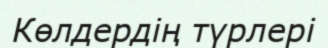
Көлдердің түрлері